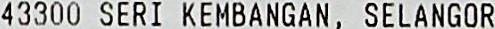
43300 SERI KEMBANGAN, SELANGOR